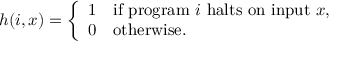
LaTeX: h ( i , x ) = { \left\{ \begin{array} { l l } { 1 } & { { \mathrm { i f ~ } } { \mathrm { p r o g r a m ~ } } i { \mathrm { ~ h a l t s ~ o n ~ i n p u t ~ } } x , } \\ { 0 } & { { \mathrm { o t h e r w i s e . } } } \end{array} \right. }